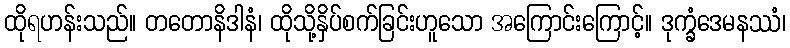
ထိုရဟန်းသည်။ တတောနိဒါနံ၊ ထိုသို့နှိပ်စက်ခြင်းဟူသော အကြောင်းကြောင့်။ ဒုက္ခံဒေမနဿံ၊